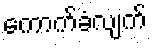
ကောက်ခံလျက်